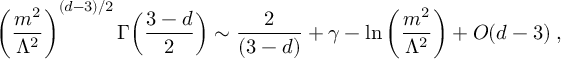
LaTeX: \left( \frac { m ^ { 2 } } { \Lambda ^ { 2 } } \right) ^ { ( d - 3 ) / 2 } \Gamma { \left( \frac { 3 - d } { 2 } \right) } \sim { \frac { 2 } { ( 3 - d ) } } + \gamma - { \ln } \left( \frac { m ^ { 2 } } { \Lambda ^ { 2 } } \right) + O ( d - 3 ) \; ,